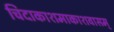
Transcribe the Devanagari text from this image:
चिदाकाशमाकाशवासम्